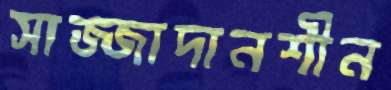
সাজ্জাদানশীন